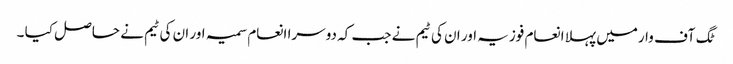
ٹگ آف وارمیں پہلا انعام فوزیہ اور ان کی ٹیم نے جب کہ دوسرا انعام سمیہ اور ان کی ٹیم نے حاصل کیا ۔